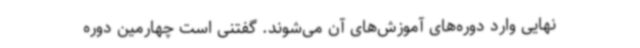
نهایی وارد دوره‌های آموزش‌های آن می‌شوند. گفتنی است چهارمین دوره